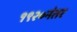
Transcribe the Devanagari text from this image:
१९२०नंतर